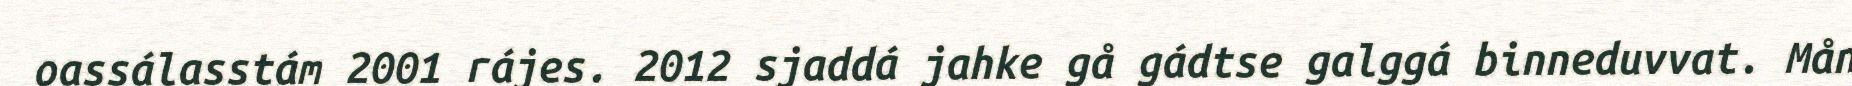
oassálasstám 2001 rájes. 2012 sjaddá jahke gå gádtse galggá binneduvvat. Mån